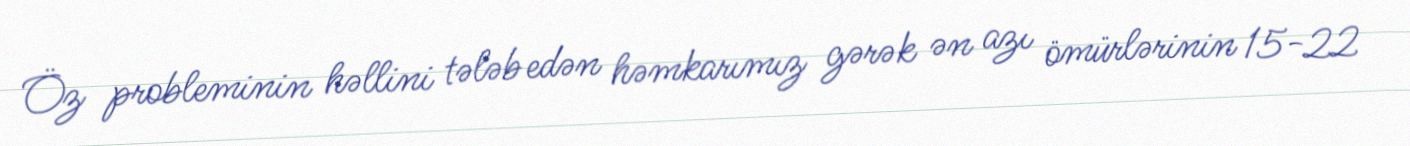
Öz probleminin həllini tələb edən həmkarımız gərək ən azı ömürlərinin 15-22